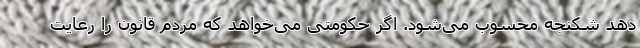
دهد شکنجه محسوب می‌شود. اگر حکومتی می‌خواهد که مردم قانون را رعایت